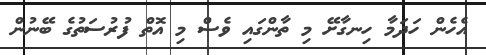
އެހެން ހަދަމާ ހިނގާށޭ މި ތާންގައި ވެސް މި އޮތް ފުރުސަތުގެ ބޭނުން